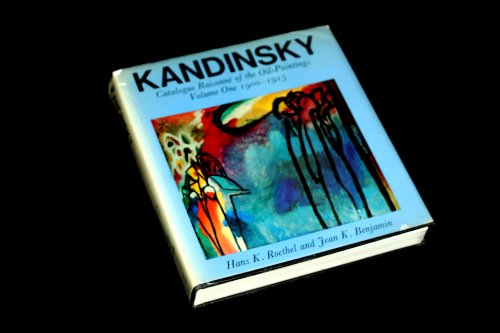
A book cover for Kandinsky: Catalogue Raisonne of the Oil-Paintings : Volume One, 1900-1915; Hans K. Roethel; Reference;